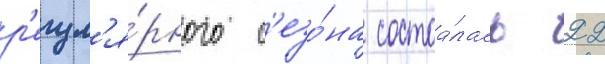
р'егул'я́рного с'езо́на состоа́лась 22